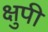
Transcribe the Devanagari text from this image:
क्षुपी